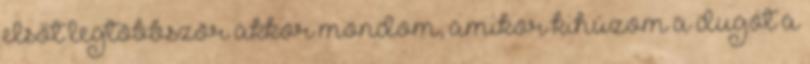
elsőt legtöbbször akkor mondom, amikor kihúzom a dugót a